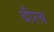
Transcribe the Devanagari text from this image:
धीरच